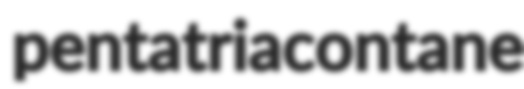
pentatriacontane